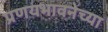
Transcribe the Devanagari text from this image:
प्रणयभावनेच्या